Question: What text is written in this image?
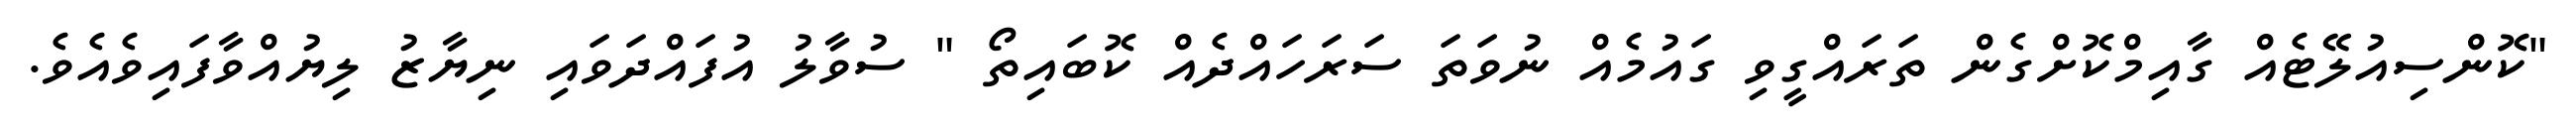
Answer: "ކޮންސިއުލޭޓެއް ގާއިމްކޮށްގެން ތަރައްގީވި ގައުމެއް ނުވަތަ ސަރަހައްދެއް ކޮބައިތޯ " ސުވާލު އުފައްދަވައި ނިޔާޒު ލިޔުއްވާފައިވެއެވެ.